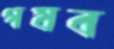
গযব